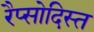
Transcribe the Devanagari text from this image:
रैप्सोदिस्त